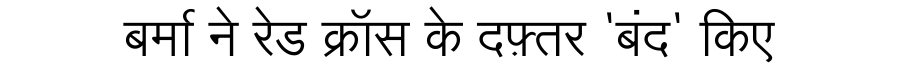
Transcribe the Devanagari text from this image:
बर्मा ने रेड क्रॉस के दफ़्तर 'बंद' किए